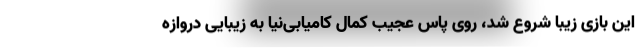
این بازی زیبا شروع شد، روی پاس عجیب کمال کامیابی‌نیا به زیبایی دروازه